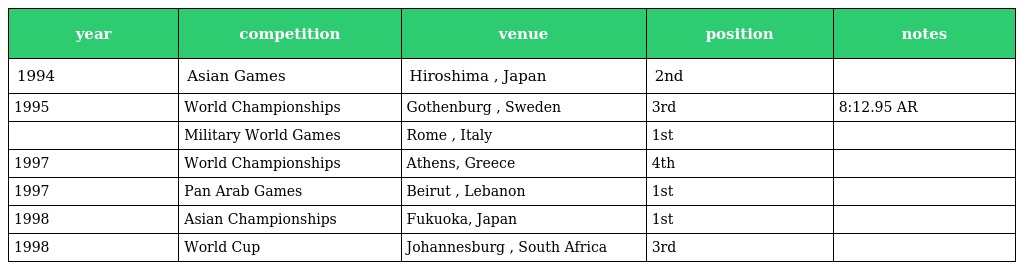
| year | competition | venue | position | notes |
 | --- | --- | --- | --- | --- |
 | 1994 | Asian Games | Hiroshima , Japan | 2nd |  |
 | 1995 | World Championships | Gothenburg , Sweden | 3rd | 8:12.95 AR |
 |  | Military World Games | Rome , Italy | 1st |  |
 | 1997 | World Championships | Athens, Greece | 4th |  |
 | 1997 | Pan Arab Games | Beirut , Lebanon | 1st |  |
 | 1998 | Asian Championships | Fukuoka, Japan | 1st |  |
 | 1998 | World Cup | Johannesburg , South Africa | 3rd |  |